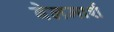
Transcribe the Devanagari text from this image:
बेलमार्श